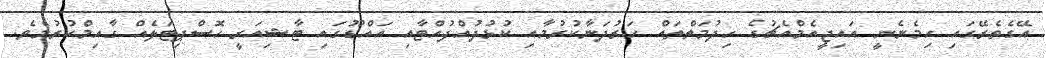
އޭގެތެރޭގައި ހިމެނެނީ އައިޖީއެމްއެޗުގެ ހިދުމަތްތައް ހަރުދަނާކުރުމާއި ކުޅުދުއްފުއްޓާއި އައްޑޫގައި ޓާޝިއަރީ ހޮސްޕިޓަލެއް ގާއިމްކުރުމެވެ.